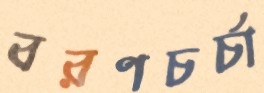
বরণচর্চা